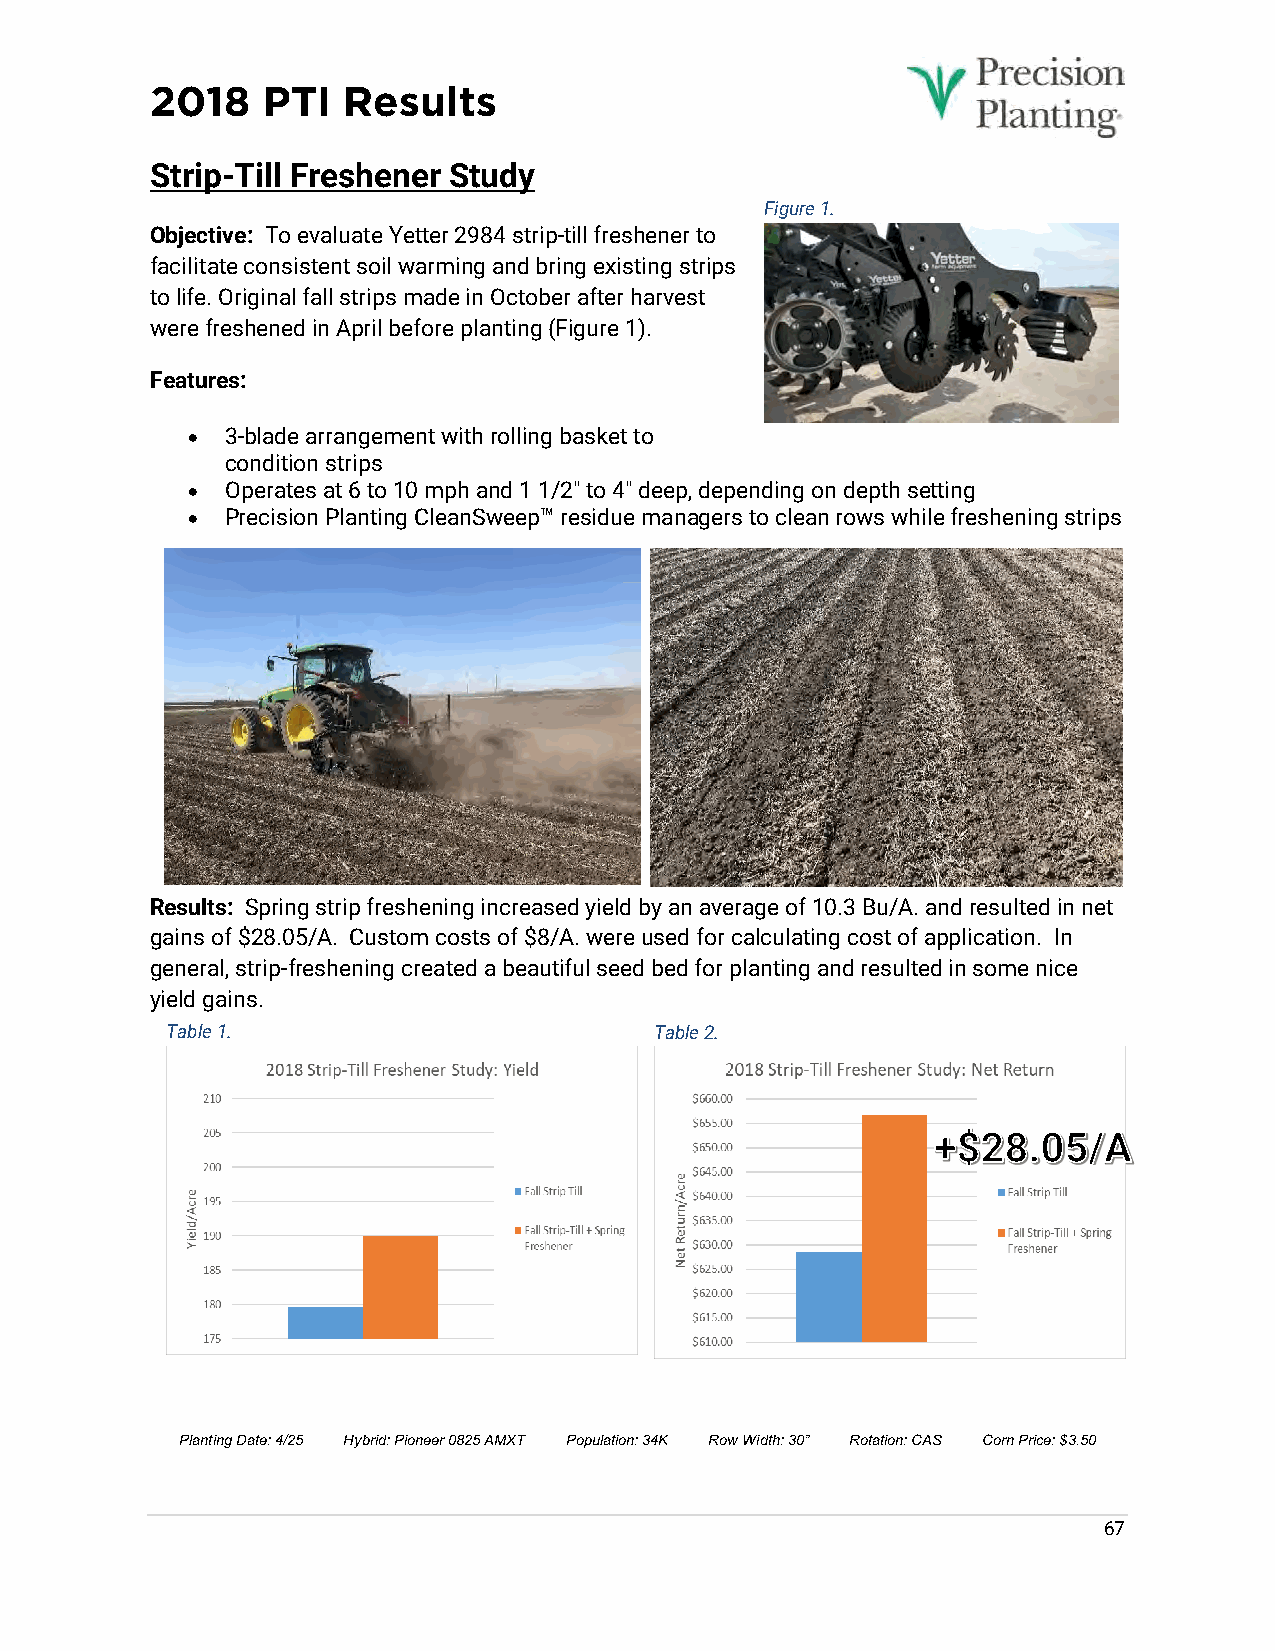
2018   PTI   Results
 Strip-Till Freshener Study
 Figure 1.
 Objective: To evaluate Yetter 2984 strip-till freshener to
 facilitate consistent soil warming and bring existing strips
 to life. Original fall strips made in October after harvest
 were freshened in April before planting (Figure 1).
 Features:
 •  3-blade arrangement with rolling basket to
 condition strips
 •  Operates at 6 to 10 mph and 1 1/2" to 4" deep, depending on depth setting
 •  Precision Planting CleanSweep™ residue managers to clean rows while freshening strips
 Results: Spring strip freshening increased yield by an average of 10.3 Bu/A. and resulted in net
 gains of $28.05/A. Custom costs of $8/A. were used for calculating cost of application. In
 general, strip-freshening created a beautiful seed bed for planting and resulted in some nice
 yield gains.
 Table 1.                        Table 2.
 Planting Date: 4/25 Hybrid: Pioneer 0825 AMXT Population: 34K Row Width: 30” Rotation: CAS Corn Price: $3.50
 67